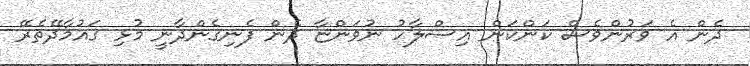
ދެން އެ ވަރުންވެސް ކަންކަން އިސްލާހު ނުވަންޏާ ދެން ފެނިގެންދާނީ މުޅި ގައުމާދޭތެރޭ